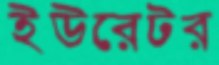
ইউরেটর